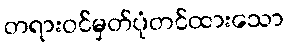
တရားဝင်မှတ်ပုံတင်ထားသော